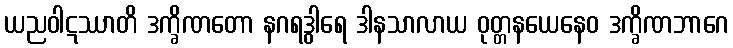
ယညဝါဋဿာတိ ဒက္ခိဏတော နဂရဒွါရေ ဒါနသာလာယ ဝုတ္တနယေနေဝ ဒက္ခိဏဘာဂေ